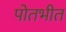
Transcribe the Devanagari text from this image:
पोतभीत